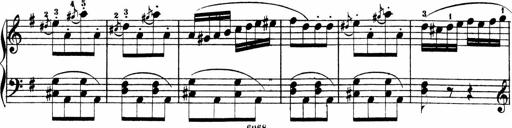
Title: 3 Sonatinen
Composer: Heinrich Lichner